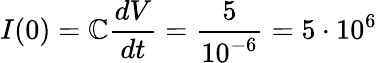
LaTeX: I(0)=\mathbb{C}\frac{{dV}}{{dt}}=\frac{{5}}{{10^{-6}}}=5\cdot10^{6}